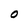
Character: O